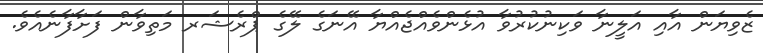
ޒެވިޔަން އާއި އަލީނާ ވަކިނުކުރުވާ އުޅެންވެއްޖެއްޔާ އޭނަގެ ލޭގެ ޕްރެޝަރ މަތިވާން ފަށާފާނެއެވެ.